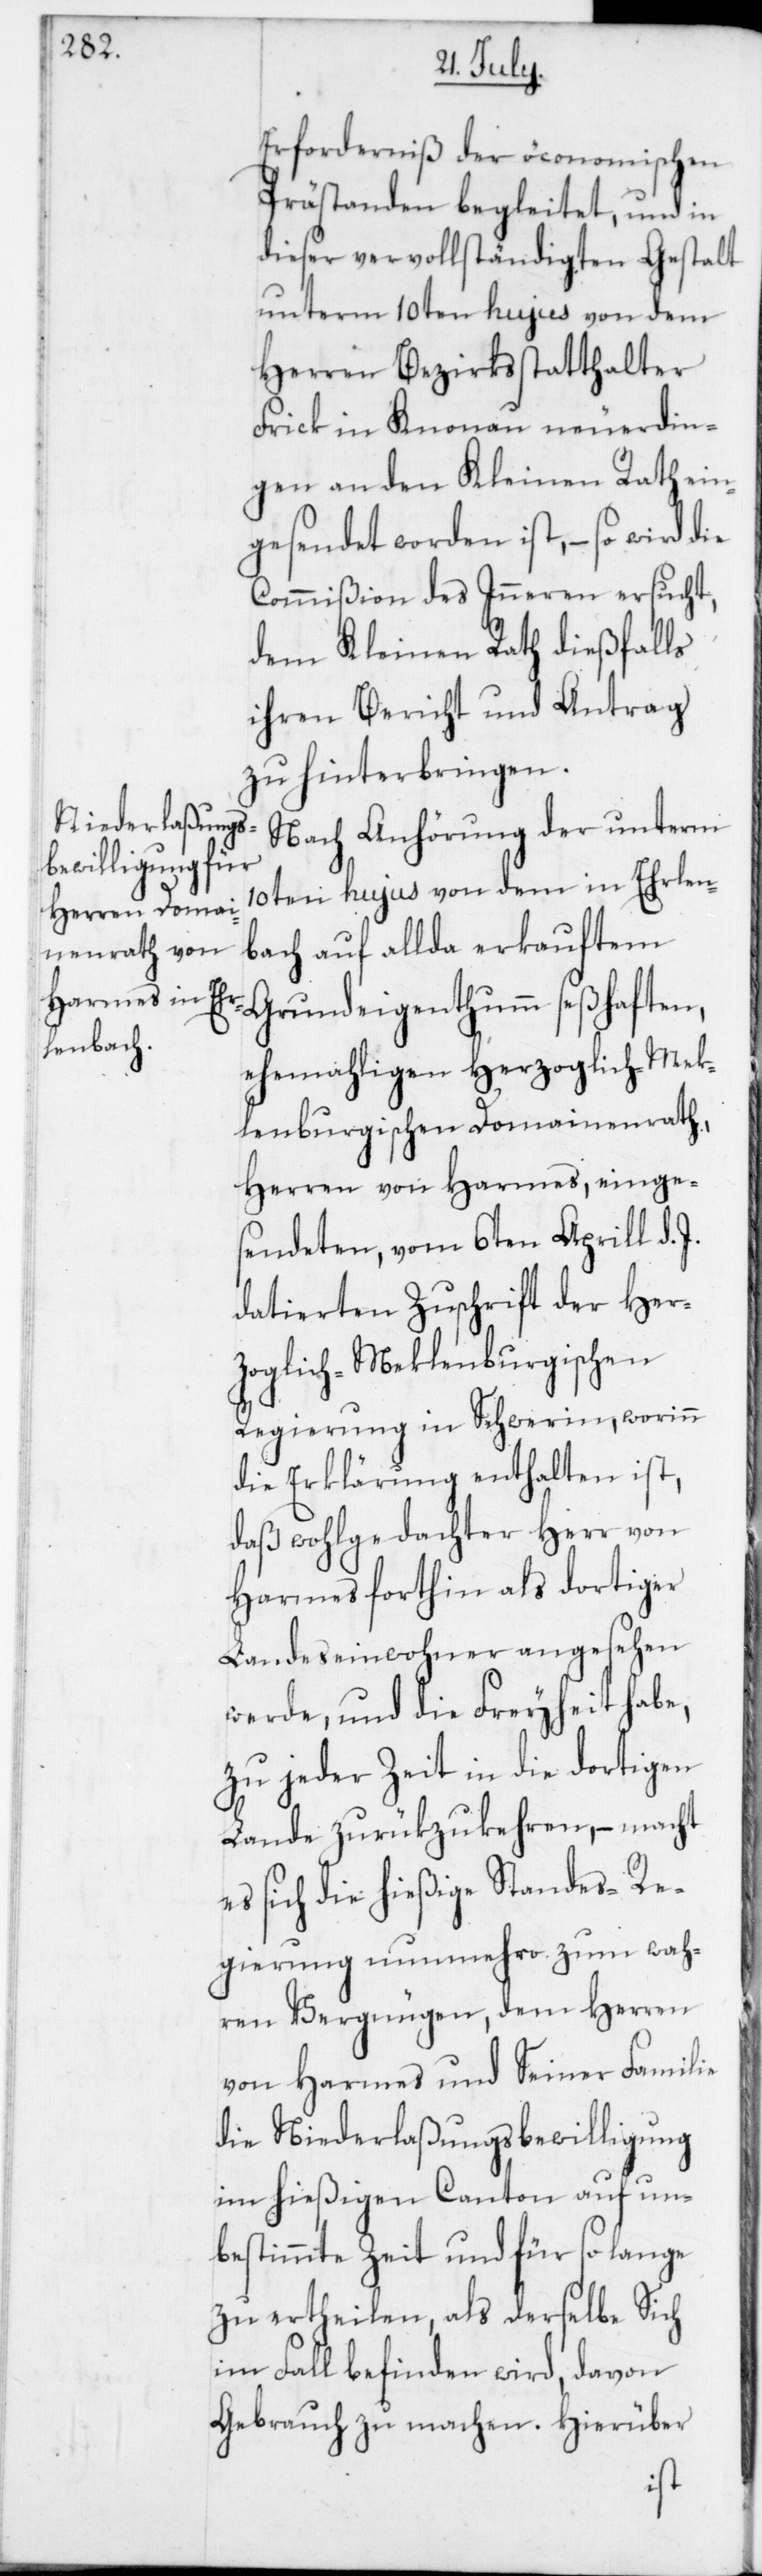
Erforderniß der öconomischen
Prästanden begleitet, und in
dieser vervollständigten Gestalt
unterm 10ten hujus von dem
Herren Bezirksstatthalter
Frick in Knonau neuerdin¬
gen an den Kleinen Rath ein¬
gesendet worden ist, – so wird die
Commißion des Inneren ersucht,
dem Kleinen Rath dießfalls
ihren Bericht und Antrag
zu hinterbringen.
Nach Anhörung der unterm
10ten hujus von dem in Ehrlen¬
bach auf allda erkauftem
Grundeigenthumm seßhaften,
ehemahligen Herzoglich-Mek¬
lenburgischen Domainenrath,
Herren von Harmes, einge¬
sendeten vom 6ten Aprill d.
datierten Zuschrift der Her¬
zoglich-Meklenburgischen
Regierung in Schwerin, worinn
die Erklärung enthalten ist,
daß wohlgedachter Herr von
Harmes forthin als dortiger
Landeseinwohner angesehen
werde, und die Freyheit habe,
zu jeder Zeit in die dortigen
Lande zurükzukehren, – macht
es sich die hießige Standes-Re¬
gierung nunmehro zum wah¬
ren Vergnügen, dem Herren
von Harmes und Seiner Familie
die Niederlaßungsbewilligung
im hießigen Canton auf un¬
bestimmte Zeit und für so lange
zu ertheilen, als derselbe Sich
im Fall befinden wird, davon
Gebrauch zu machen. Hierüber